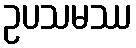
ဥပသမဿ